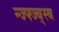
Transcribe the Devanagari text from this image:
न्ज्फ्ज्ब्स्ब